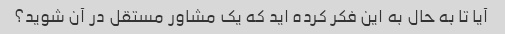
آیا تا به حال به این فکر کرده اید که یک مشاور مستقل در آن شوید؟